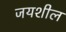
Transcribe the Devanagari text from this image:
जयशील